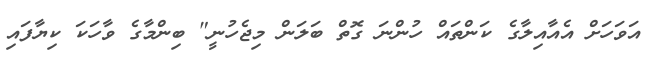
އަވަހަށް އެއާއިލާގެ ކަންތައް ހުންނަ ގޮތް ބަލަން މިޖެހުނީ" ބިންމާގެ ވާހަކަ ކިޔާފައި